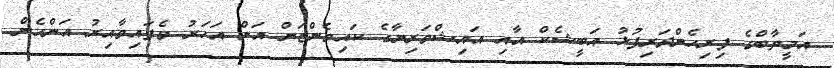
އަމީތާބްގެ ފިރިހެންދަރިފުޅު އަބީޝެކް އާއި އައިޝްވަރިޔާގެ ކައިވެންޏަށް އަށް އަހަރު ވެފައިވާއިރު އަންހެން